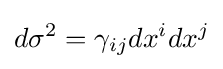
d\sigma ^{2}=\gamma _{ij}dx^{i}dx^{j}